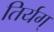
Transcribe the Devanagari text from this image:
तिर्यग्